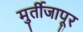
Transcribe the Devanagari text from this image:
मुर्तीजापूर